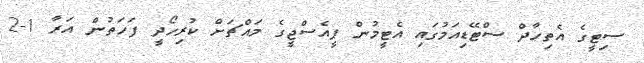
ސިޓީގެ އެތިހާދް ސްޓޭޑިއަމުގައި އެޓީމުން ޕީއެސްޖީގެ މައްޗަށް ކުރިހޯދީ ފަހަތުން އަރާ 1-2